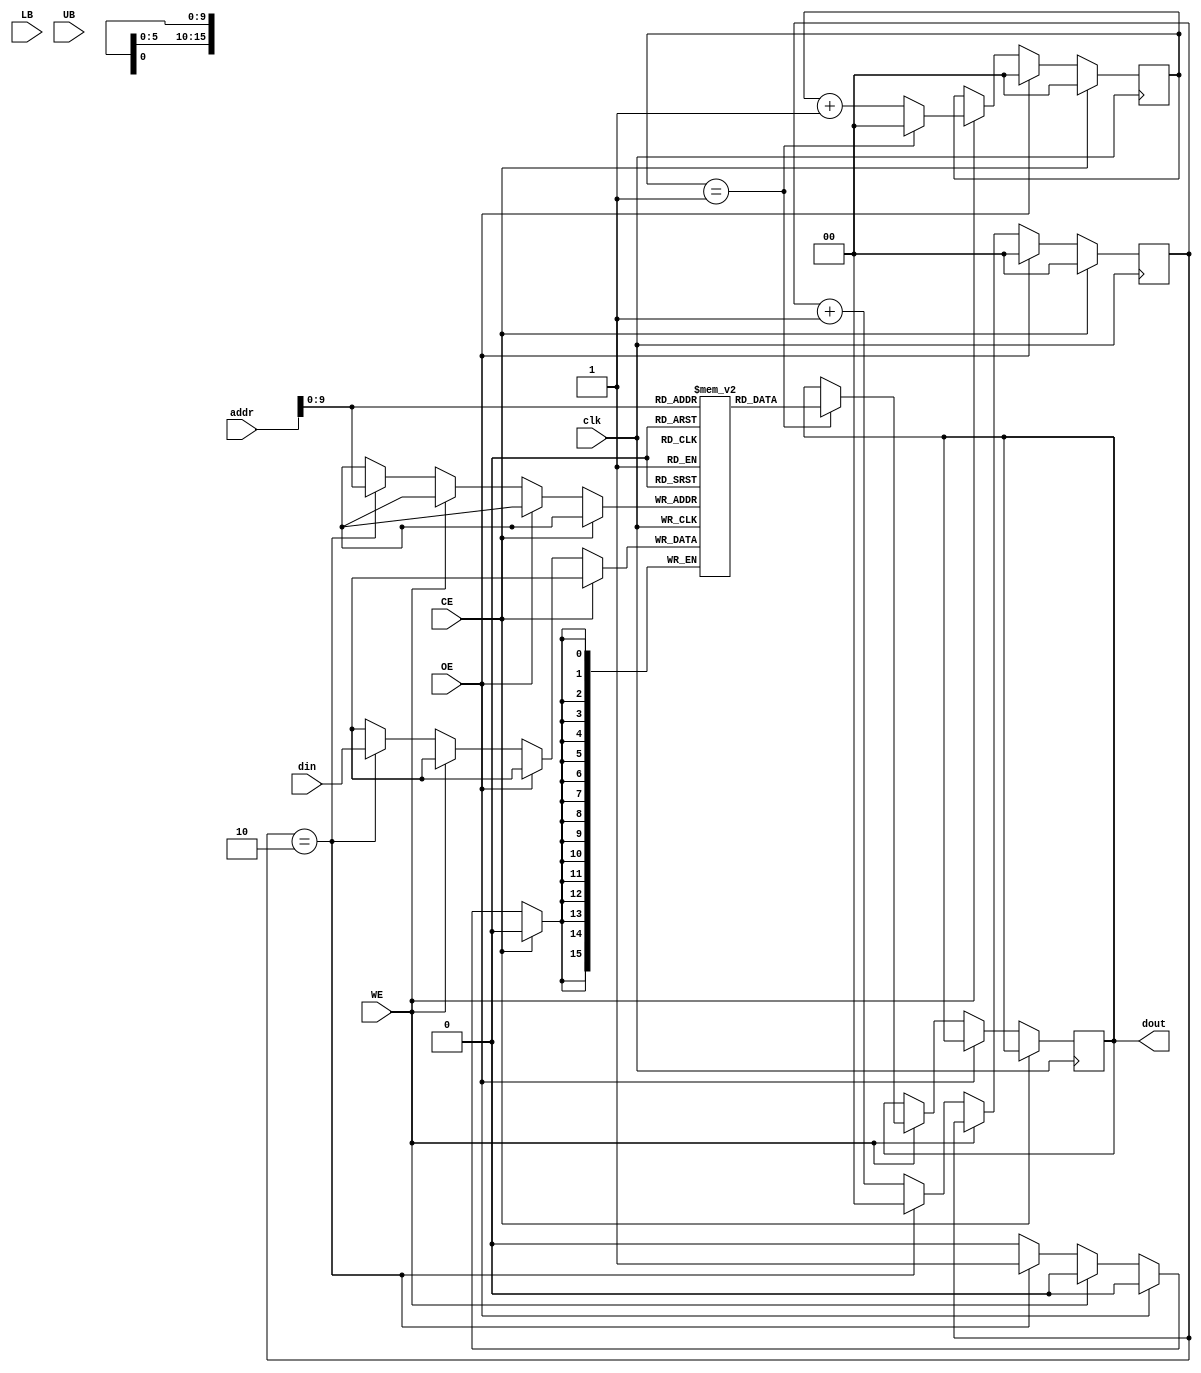
module sram
	(input clk,						// System clock
	 input CE,						// Chip enable
	 input OE,						// Output enable
	 input WE,						//	Write enable 
	 input LB,						// Lower bit
	 input UB,						// Upper bit
	 input [15:0] addr,			// Address
    input [15:0] din,		// Input data
	 output reg [15:0] dout);	// Output data
	 	
		// Two dimensional rom arrray
   reg [15:0] sram [(2**10)-1:0]; 
	
	// Counter
	reg [1:0] wcount, rcount;
	
	////////////////////////////
	// CHIP DETAILS
	//
	// Fast read/write access time - 12ns, 15ns (modeled as 20ns, 30ns)
	// 16-bit address
	// 16-bit data
	// CE is active low - chip enable
	// OE is active low - output enable
	// WE is active low - write enable
	// LB is active low - lower byte
	// UB is active low - upper byte
	// 
	
	// This is the counter block
	always @(posedge clk) begin
		if(!CE) begin
			if(!OE) begin
				// Writing
				if(!WE) begin
					if(wcount == 2) begin
						sram[addr] <= din;
						wcount <= 0;
					end
					else
						wcount <= wcount + 1;
				end // if(!WE)
				// Reading
				else begin
					if(rcount == 1) begin
						dout <= sram[addr];
						rcount <= 0;
					end
					else
						rcount <= rcount + 1;
				end // else
			end // if(!OE)
			else begin
				wcount <= 0;
				rcount <= 0;
			end
		end // if(!CE)
		else begin
			wcount <= 0;
			rcount <= 0;
		end
	end // always		

endmodule